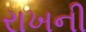
રાખની